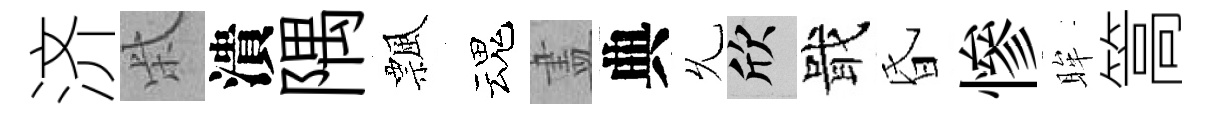
济柴潰隅飄魂𥁞典𠃔欣戢昏慘眸篙